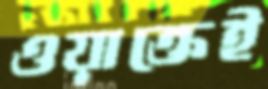
ওয়াক্তেই